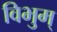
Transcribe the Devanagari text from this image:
विभुम्‌